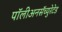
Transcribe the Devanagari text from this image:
पॉलीअनसॅच्युरेटेड